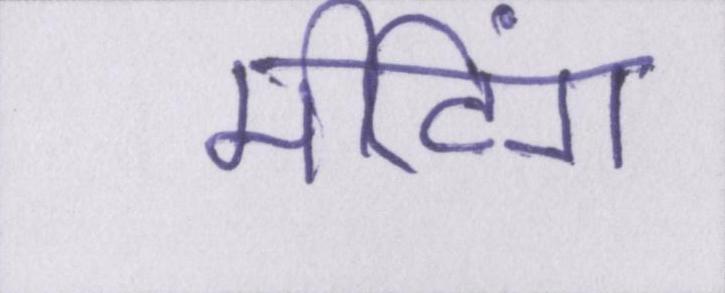
मीटिंग